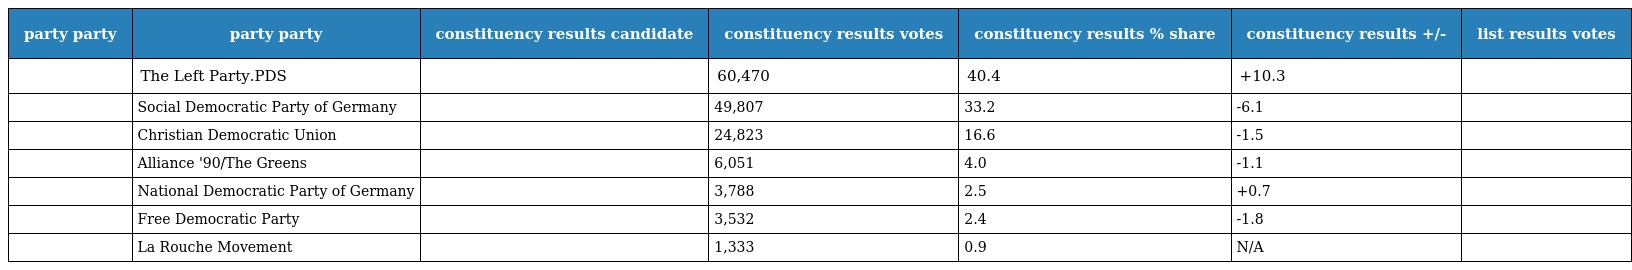
| party party | party party | constituency results candidate | constituency results votes | constituency results % share | constituency results +/- | list results votes |
 | --- | --- | --- | --- | --- | --- | --- |
 |  | The Left Party.PDS |  | 60,470 | 40.4 | +10.3 |  |
 |  | Social Democratic Party of Germany |  | 49,807 | 33.2 | -6.1 |  |
 |  | Christian Democratic Union |  | 24,823 | 16.6 | -1.5 |  |
 |  | Alliance '90/The Greens |  | 6,051 | 4.0 | -1.1 |  |
 |  | National Democratic Party of Germany |  | 3,788 | 2.5 | +0.7 |  |
 |  | Free Democratic Party |  | 3,532 | 2.4 | -1.8 |  |
 |  | La Rouche Movement |  | 1,333 | 0.9 | N/A |  |